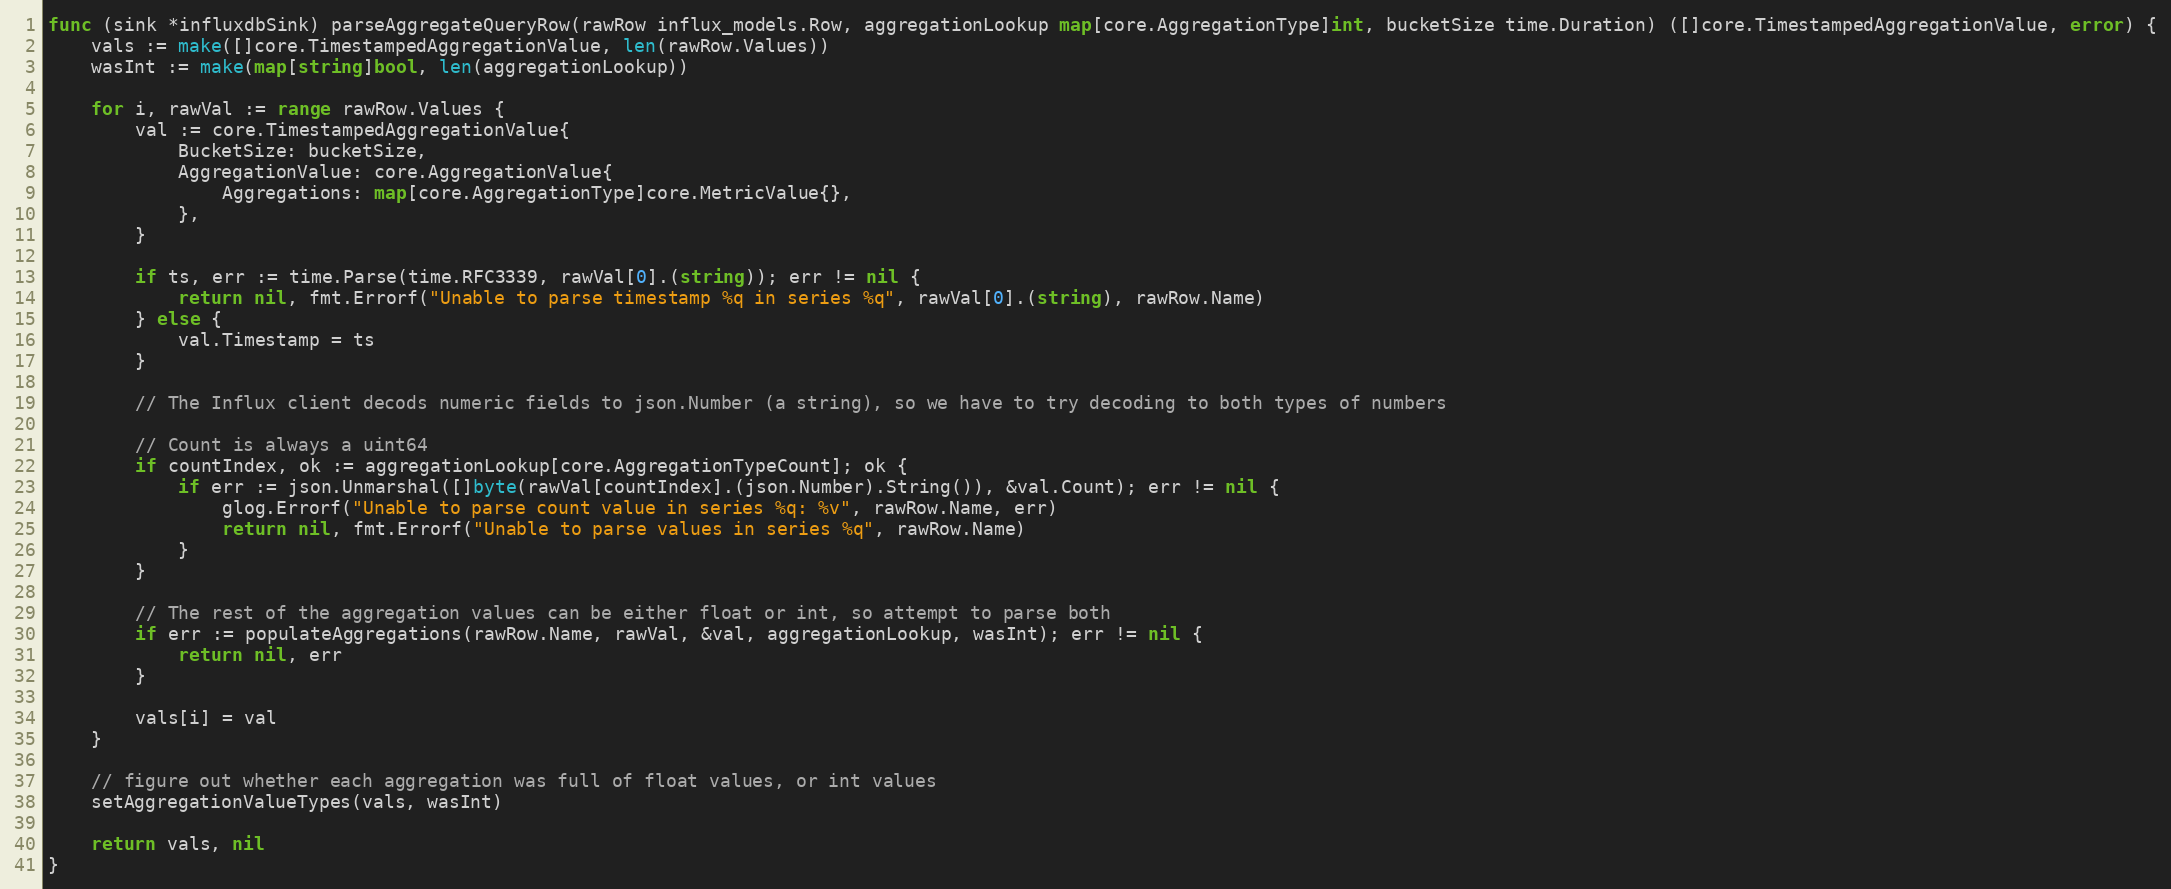
Language: Go
func (sink *influxdbSink) parseAggregateQueryRow(rawRow influx_models.Row, aggregationLookup map[core.AggregationType]int, bucketSize time.Duration) ([]core.TimestampedAggregationValue, error) {
	vals := make([]core.TimestampedAggregationValue, len(rawRow.Values))
	wasInt := make(map[string]bool, len(aggregationLookup))

	for i, rawVal := range rawRow.Values {
		val := core.TimestampedAggregationValue{
			BucketSize: bucketSize,
			AggregationValue: core.AggregationValue{
				Aggregations: map[core.AggregationType]core.MetricValue{},
			},
		}

		if ts, err := time.Parse(time.RFC3339, rawVal[0].(string)); err != nil {
			return nil, fmt.Errorf("Unable to parse timestamp %q in series %q", rawVal[0].(string), rawRow.Name)
		} else {
			val.Timestamp = ts
		}

		// The Influx client decods numeric fields to json.Number (a string), so we have to try decoding to both types of numbers

		// Count is always a uint64
		if countIndex, ok := aggregationLookup[core.AggregationTypeCount]; ok {
			if err := json.Unmarshal([]byte(rawVal[countIndex].(json.Number).String()), &val.Count); err != nil {
				glog.Errorf("Unable to parse count value in series %q: %v", rawRow.Name, err)
				return nil, fmt.Errorf("Unable to parse values in series %q", rawRow.Name)
			}
		}

		// The rest of the aggregation values can be either float or int, so attempt to parse both
		if err := populateAggregations(rawRow.Name, rawVal, &val, aggregationLookup, wasInt); err != nil {
			return nil, err
		}

		vals[i] = val
	}

	// figure out whether each aggregation was full of float values, or int values
	setAggregationValueTypes(vals, wasInt)

	return vals, nil
}